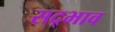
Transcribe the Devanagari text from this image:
सद्‍भाव